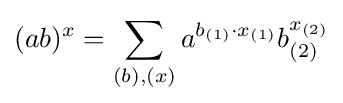
(ab)^{x}=\sum _{(b),(x)}a^{b_{(1)}\cdot x_{(1)}}b_{(2)}^{x_{(2)}}